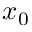
x _ { 0 }